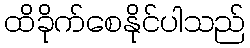
ထိခိုက်စေနိုင်ပါသည်